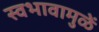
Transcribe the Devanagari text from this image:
स्वभावामुळें